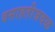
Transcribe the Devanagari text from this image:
वसाहतीजवळ